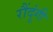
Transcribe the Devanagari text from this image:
रौंदूंगी